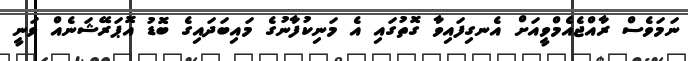
ނަމަވެސް ރާއްޖެއެމްވީއަށް އެނގިފައިވާ ގޮތުގައި އެ މަނިކުފާނުގެ މައިބަދައިގެ ބޮޑު އޮޕަރޭޝަނެއް ވަނީ